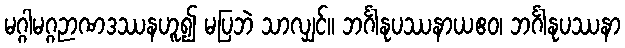
မဂ္ဂါမဂ္ဂဉာဏဒဿနဟူ၍ မပြဘဲ သာလျှင်။ ဘင်္ဂါနုပဿနာယဧဝ၊ ဘင်္ဂါနုပဿနာ